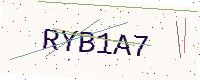
Text: RYB1A7